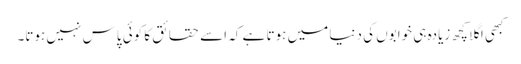
کبھی اگلا کچھ زیادہ ہی خوابوں کی دنیا میں ہوتا ہے کہ اسے حقائق کا کوئی پاس نہیں ہوتا۔